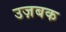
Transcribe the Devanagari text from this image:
उज़बक